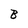
Character: B